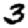
Digit: 3